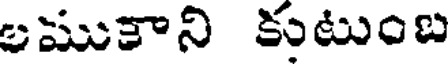
లముకాని కుటుంబ